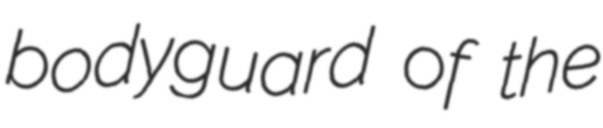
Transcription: bodyguard of the